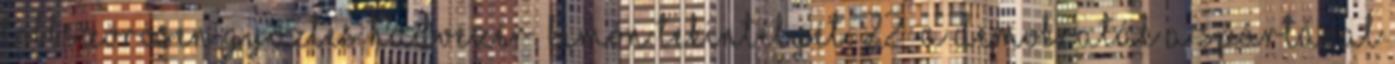
többszörösen győztes hadvezér, Kimón tekintélyét. 22 A demokraták a Spártával